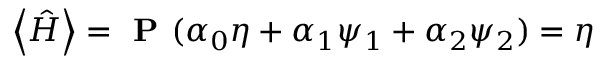
\left\langle \hat { H } \right\rangle = \textbf { P } ( \boldsymbol { \alpha } _ { 0 } \eta + \boldsymbol { \alpha } _ { 1 } \psi _ { 1 } + \boldsymbol { \alpha } _ { 2 } \psi _ { 2 } ) = \eta